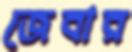
জেবার